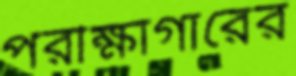
পরীক্ষাগারের